Vaccination in Bombay 1874-1876 - 1874-1876
Year: 1874
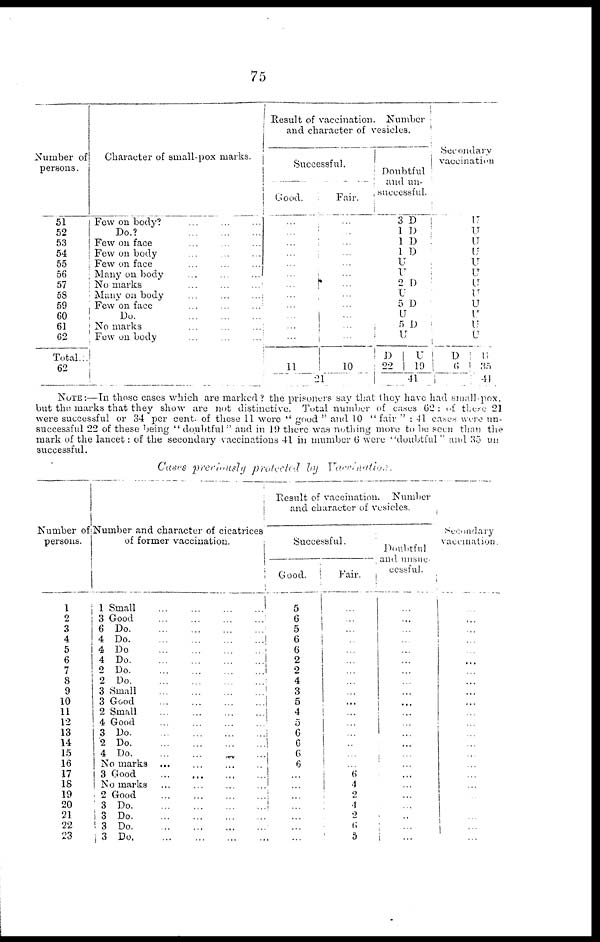
75
Number of
persons.
51
52
53
54
55
56
57
5S
59
60
61
62
Total.:.
62
Character of small-pox marks.
Few on body?
...
...
...
Do.?
...
...
...
Few on face ... ... ...
Few on body ... ... ...
Few on face ... ... ...
Many on body ... ... ...
No marks ... ... ...
Many on body ... ... ...
Few on face ... ... ...
Do.
...
...
...
No marks ... ... ...
Few on body ... ... ...
Result of vaccination. Number
and character of vesicles.
Successful.
Good.
...
...
...
...
...
...
...
...
...
...
...
...
11
Fair.
...
...
...
...
...
...
...
...
...
...
...
...
10
21
Doubtful
and un-
successful.
3 D
1 D
1 D
1 D
U U
2 D
U
5 D
U
5 D
U
D
22
U
19
41
Secondary
vaccination
U
U
U
U
U
U
U
U
U
U
U
U
D
6
U
35
41
NOTE:—In those cases which are marked? the prisoners say that they have had small-pox.
but the marks that they show are not distinctive. Total number of cases 62: of these 21
were successful or 34 per cent. of these 11 were " good " and 10 " fair " : 41 cases were un-
successful 22 of these being " doubtful" and in 19 there was nothing more to be seen than the
mark of the lancet: of the secondary vaccinations 41 in number 6 were "doubtful " and 35 un
successful.
Cases previously protected by
Vaccination.
Number of
persons.
1
2
3
4
5
6
7
8
9
10
11
12
13
14
15
16
17
18
19
20
21
22
23
Number and character of cicatrices
of former vaccination.
1
3
6
4
4
4
2
2
3
3
2
4
3
2
4
Small ... ... ... ...
Good ... ... ... ...
Do
...
...
...
...
Do ... ... ... ...
Do ... ... ... ...
Do ... ... ... ...
Do ... ... ... ...
Do
...
...
...
...
Small ... ... ... ...
Good ... ... ... ...
Small ... ... ... ...
Good ... ... ... ...
Do ... ... ... ...
Do
...
...
...
...
Do ... ... ... ...
No marks ... ... ... ...
3 Good
...
...
...
...
No marks ... ... ... ...
2
3
3
3
3
Good ... ... ... ...
Do
...
...
...
...
Do
...
...
...
...
Do
...
...
...
...
Do
...
...
...
...
Result of vaccination. Number
and character of vesicles.
Successful.
Good.
5
6
5
6
6
2
2
4
3
5
4
5
6
6
6
6
...
...
...
...
...
...
...
Fair.
...
...
...
...
...
...
...
...
...
...
...
...
...
...
...
...
6
4
2
4
2
6
5
Doubtful
and unsuc-
cessful.
...
...
...
...
...
...
...
...
...
...
...
...
...
...
...
...
...
...
...
...
...
...
...
Secondary
vaccination.
...
...
...
...
...
...
...
...
...
...
...
...
...
...
...
...
...
...
...
...
...
...
...